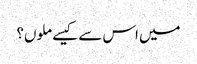
میں اس سے کیسے ملوں؟